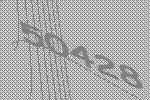
50428